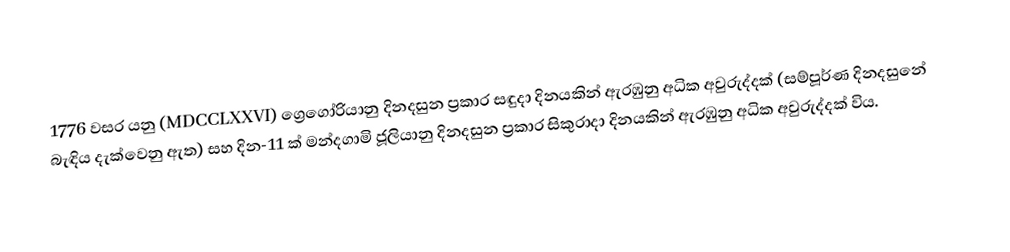

1776  වසර  යනු (MDCCLXXVI) ග්‍රෙගෝරියානු දිනදසුන ප්‍රකාර සඳුදා දිනයකින් ඇරඹුනු අධික අවුරුද්දක්  (සම්පූර්ණ දිනදසුනේ බැඳිය දැක්වෙනු ඇත) සහ  දින-11 ක් මන්දගාමි ජූලියානු දිනදසුන ප්‍රකාර සිකුරාදා දිනයකින් ඇරඹුනු අධික අවුරුද්දක් විය.